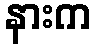
နားက